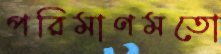
পরিমাণমতো